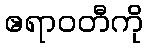
ဧရာဝတီကို